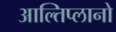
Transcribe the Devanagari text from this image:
आल्तिप्लानो